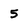
Character: 5